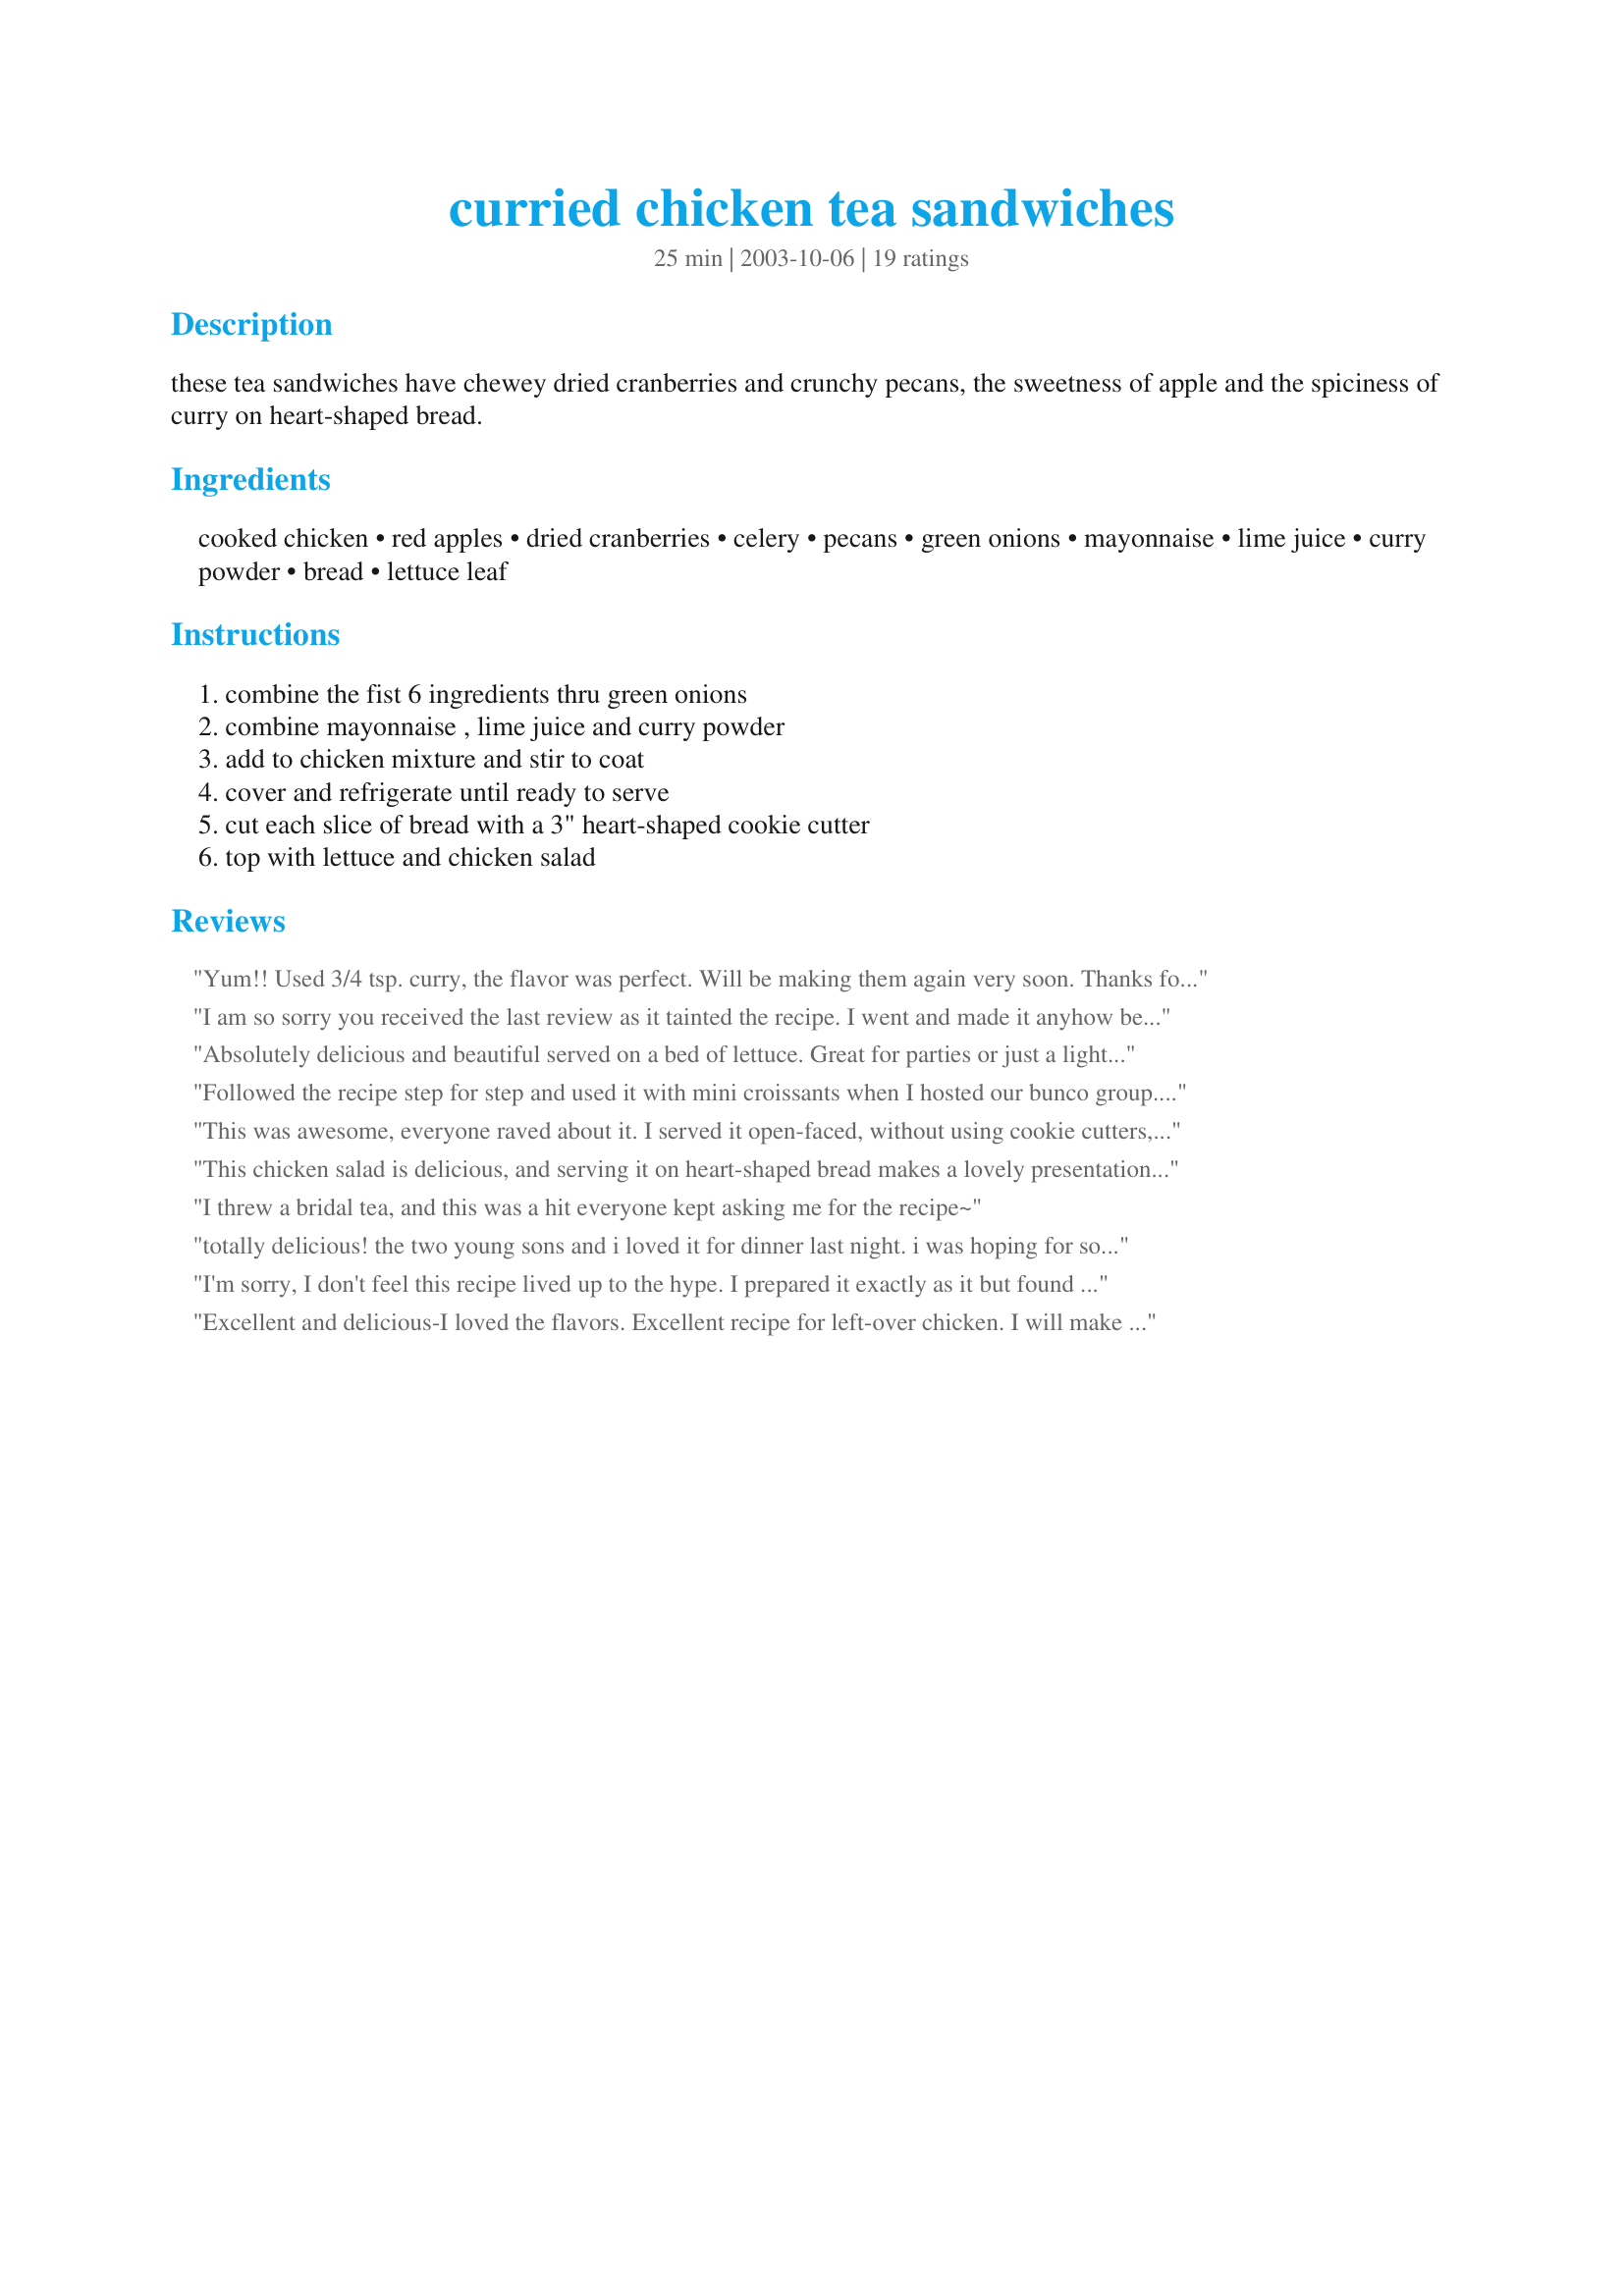
curried chicken tea sandwiches
Preparation time: 25 minutes

these tea sandwiches have chewey dried cranberries and crunchy pecans, the sweetness of apple and the spiciness of curry on heart-shaped bread.

Ingredients:
cooked chicken, red apples, dried cranberries, celery, pecans, green onions, mayonnaise, lime juice, curry powder, bread, lettuce leaf

Steps:
combine the fist 6 ingredients thru green onions, combine mayonnaise , lime juice and curry powder, add to chicken mixture and stir to coat, cover and refrigerate until ready to serve, cut each slice of bread with a 3" heart-shaped cookie cutter, top with lettuce and chicken salad

Reviews:
Yum!! Used 3/4 tsp. curry, the flavor was perfect. Will be making them again very soon. Thanks for the recipe.
I am so sorry you received the last review as it tainted the recipe. I went and made it anyhow because I saw great reviews before it and on another site. It was super. I served it to a bunch of ladies and it was instantly gone. I used a different cookie cutter shape but followed it exactly. I think with curry you have those who like a hint of it and those who like a ton. This was a mild flavorful recipe but not overdone. I also served it to my husband after and he raved about it. If you feel that it might be too sweet for you use a more tart medium apple. Great tea sandwich and regular any day sandwich, just make it bigger.
Enjoy and thanks for posting
sugarplum. ChefDLH
Absolutely delicious and beautiful served on a bed of lettuce. Great for parties or just a light lunch. Thanks for the recipe!
Followed the recipe step for step
and used it with mini croissants
when I hosted our bunco group. Loved it! Several requested the
recipe....
This was awesome, everyone raved about it. I served it open-faced, without using cookie cutters, on a split multigrain Sandwich Thin, then cut into quarters, with a black olive stuck into most with a toothpick. Very beautiful and so tasty.
This chicken salad is delicious, and serving it on heart-shaped bread makes a lovely presentation for the right occasion. I poached 2 boneless, skinless chicken breasts, which yielded about 3 cups cubed chicken. I went ahead and used it all, doubled and toasted the pecans, used the full amount of curry powder, and added a little salt. (I used Hellmann's light mayo and didn't increase it, even though I increased the chicken and pecans, as I wanted it a little on the dryer side anyway.) I served with a little spring mix on oatnut bread. Wonderful recipe--thanks for posting!
I threw a bridal tea, and this was a hit everyone kept asking me for the recipe~
totally delicious! the two young sons and i loved it for dinner last night. i was hoping for some leftovers tonight, but my 14 year old son ate all the rest! i doubled this and used the meat from a rotisserie chicken from the store.
I'm sorry, I don't feel this recipe lived up to the hype. I prepared it exactly as it but found it rather bland. I had to increase everything except the quantity of chicken to get a flavor that was curry-enough, with the sweet overtones of the apples and cranberries. The end result after tweaking was good, but I won't use this recipe again. The texture is nice, but as I say the flavors don't stand out as I feel they should.
Excellent and delicious-I loved the flavors. Excellent recipe for left-over chicken. I will make this again
First of all, I would like to comment that tea sandwiches are meant to be dainty and easy to handle without filling falling out or crumbs landing everywhere. Often these were handle by women with gloves so they needed to be neat not messy. Therefore, I would try to homogenize this mixture as much as possible to ensure that filling does not fall out, etc. using a blender or motar and pestle. The mixture is lovely and perfectly measured as far as I am concerned and I would only make the above adjustment in order that they may be more enjoyable to consume.
DH's expression was a little perplexing when he took his first few bits of these. Then he finished and said, "Hmmm..." Concerned, I asked him if they were okay. Very relieved when he said that he was just exploring all the different flavors crossing his tongue!!! Definite repeat. I skipped both the apples and the pecans (allergic to both!), and they suffered not in the least. Still a wonderful blend of curry, sweetness, tangy-ness, and crunchy-ness.
I make this all the time for parties. It's a huge hit, and I'm always asked for the recipe!
These sandwiches were OUTSTANDING! I really love the addition of the lime juice! It really adds some zing to the recipe. The pecans, apple, celery and dried cranberries really add many different lovely textures and flavors to the sandwich. I must admit i didnt cut the bread into hearts, as this wasnt for any special occasion. I used lots of curry powder... maybe just a tad more than what was suggested ;-) I topped with lettuce and served. :-) simply delightful meal!
Yummy! Yummy! Yummy! My friend's and I loved this recipe. Wow! It was a wonderful addition to my tea party. Very pretty too. MMMMMM....
I put the salad into mini phyllo cups instead of onto bread. They are fantastic. This recipe is always requested. The first time I made these for my friends, after they had quickly eaten all that I had made, I had to take the leftover salad out of the fridge and assemble more cups while they ate them as fast as I made them!
Oh sugarpea, these sandwiches were all the rave. I made them for a bridal tea and the reaction they got was very complimentary. Wish you could have been there to see it. The filling is a perfect blend of ingredients. I used 3/4 t. of curry which didn't overpower, but you could certainly taste it. I also cut them into heart-shapes which was a precious idea. You made me look very good. Thanks for sharing this recipe. Gets my highest recommendation.
Great sandwiches! Even my grandmother (who has eaten her weight in tea sandwiches over a lifetime of bridge parties) loved them!
I loved the different combinations of ingredients, the texture was just right, and it had great flavor. I served this on a hearty grain bread, which gave another great flavor. This is definately a tasty sandwich, and one that I would make again! Thanks so much for sharing.
